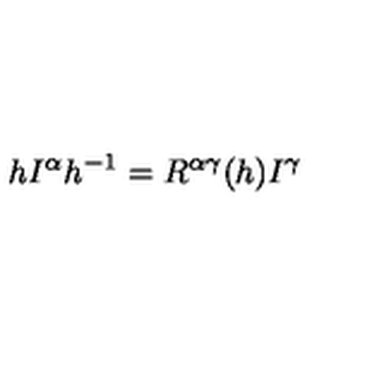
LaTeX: h I ^ { \alpha } h ^ { - 1 } = R ^ { \alpha \gamma } ( h ) I ^ { \gamma }